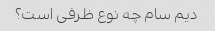
دیم سام چه نوع ظرفی است؟